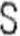
S